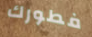
فطورك